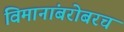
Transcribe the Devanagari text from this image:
विमानांबरोबरच